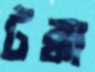
টক্কা